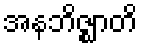
အနဘိဇ္ဈာတိ